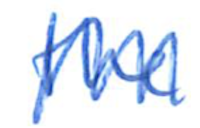
Text: the
Cross-out: zig-zag
Writing tool: ballpoint